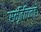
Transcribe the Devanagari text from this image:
स्मृतिचिन्हों